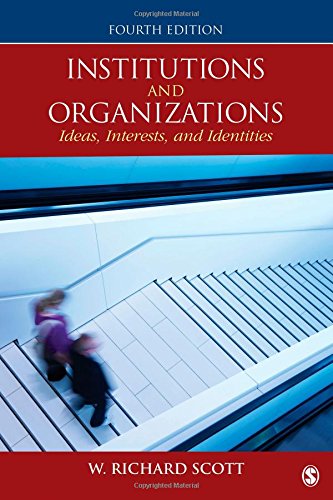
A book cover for Institutions and Organizations: Ideas, Interests, and Identities; W. (William) Richard Scott; Business & Money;